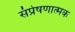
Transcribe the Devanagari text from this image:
संप्रेषणात्मक